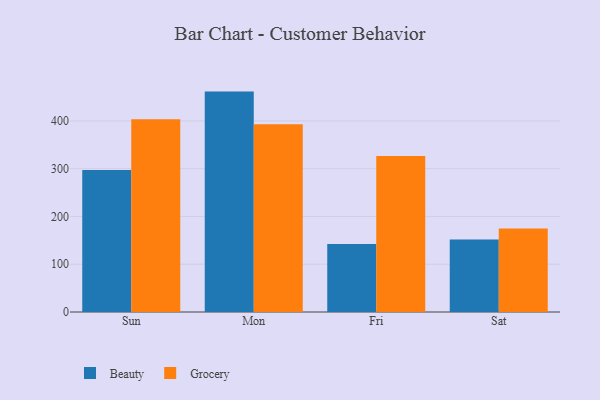
{"axis": {"x": "Day", "y": "LTV (USD)"}, "legend": ["Beauty", "Grocery"], "data": [{"x": "Sun", "y": 297.3, "type": "Beauty"}, {"x": "Sun", "y": 403.5, "type": "Grocery"}, {"x": "Mon", "y": 461.4, "type": "Beauty"}, {"x": "Mon", "y": 393.1, "type": "Grocery"}, {"x": "Fri", "y": 142.4, "type": "Beauty"}, {"x": "Fri", "y": 326.5, "type": "Grocery"}, {"x": "Sat", "y": 151.8, "type": "Beauty"}, {"x": "Sat", "y": 174.7, "type": "Grocery"}]}